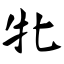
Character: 牝